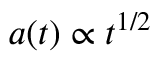
a ( t ) \propto t ^ { 1 / 2 }